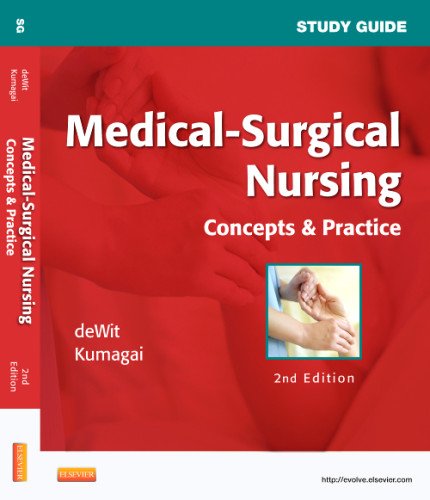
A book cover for Study Guide for Medical-Surgical Nursing: Concepts and Practice, 2e; Susan C. deWit MSN  RN  CNS  PHN; Medical Books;